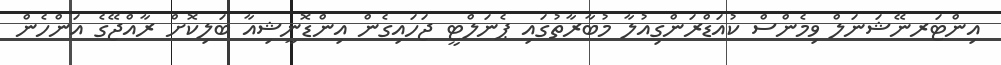
އިންޓަރނޭޝަނަލް ވިމެންސް ކުއަޑްރަންގިއުލާ މުބާރާތުގައި ޕެނަލްޓީ ޖަހައިގެން އިންޑޮނީޝިއާ ބަލިކޮށް ރާއްޖޭގެ އަންހެން